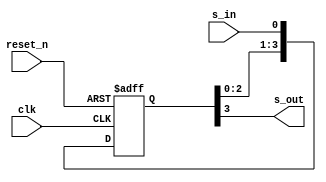
`timescale 1ns / 1ps
//The register will left shift and the new input bit is added to LSB.
module siso(s_in, clk, reset_n, s_out);
    input s_in;          //serial in
    input clk, reset_n;      
    output wire s_out;   //serial out
    
    reg [3:0] mem;
    
    always @(posedge clk, negedge reset_n)
    begin
        if(reset_n == 0)
            mem <= 4'd0;
        else
            mem <= {mem[2:0], s_in};
    end
    assign s_out = mem[3];
endmodule